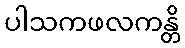
ပါသကဖလကန္တိ